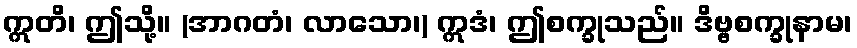
ဣတိ၊ ဤသို့။ (အာဂတံ၊ လာသော၊) ဣဒံ၊ ဤစက္ခုသည်။ ဒိဗ္ဗစက္ခုနာမ၊